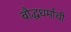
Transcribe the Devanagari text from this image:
बौद्धधर्माची